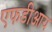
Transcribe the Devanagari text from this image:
एफडीआय